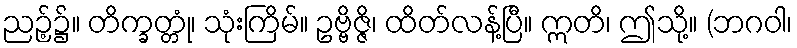
ညဉ့်၌။ တိက္ခတ္တုံ၊ သုံးကြိမ်။ ဥဗ္ဗိဇ္ဇိ၊ ထိတ်လန့်ပြီ။ ဣတိ၊ ဤသို့။ (ဘဂဝါ၊